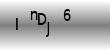
Text: InDJ6